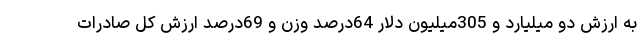
به ارزش دو میلیارد و 305میلیون دلار 64درصد وزن و 69درصد ارزش کل صادرات